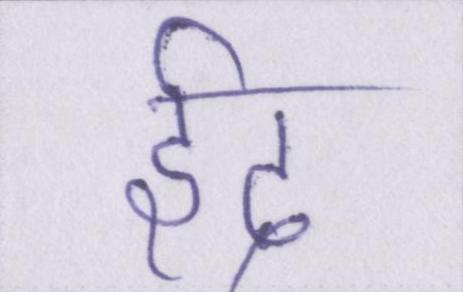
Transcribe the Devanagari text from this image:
ईद